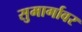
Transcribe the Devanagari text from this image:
सुमार्गावर